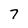
Character: 7